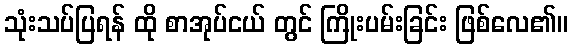
သုံးသပ်ပြရန် ထို စာအုပ်ငယ် တွင် ကြိုးပမ်းခြင်း ဖြစ်လေ၏။